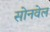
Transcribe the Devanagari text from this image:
सोनवेल